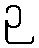
ဉ